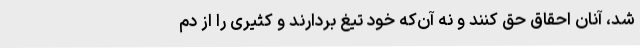
شد، آنان احقاق حق کنند و نه آن‌که خود تیغ بردارند و کثیری را از دم